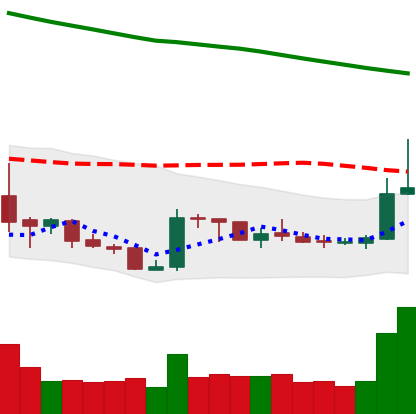
Ticker: XRP-USD
Chart end date: 2019-02-19
Forward return: -6.895%
Label: down_5_7